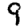
Digit: 9